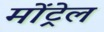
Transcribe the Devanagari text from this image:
मोंट्रेल